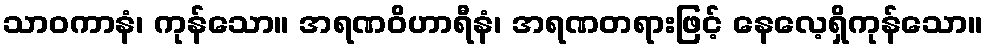
သာဝကာနံ၊ ကုန်သော။ အရဏဝိဟာရီနံ၊ အရဏတရားဖြင့် နေလေ့ရှိကုန်သော။